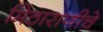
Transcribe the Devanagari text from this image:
मिठाराणीचे